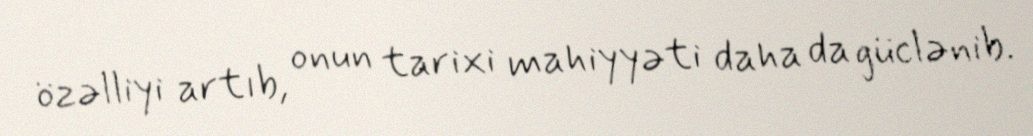
özəlliyi artıb, onun tarixi mahiyyəti daha da güclənib.